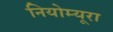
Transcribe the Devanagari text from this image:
नियोम्यूरा